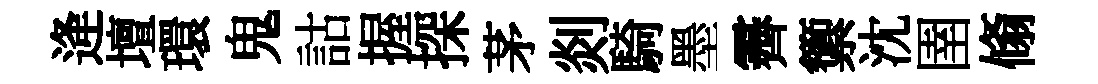
逄壇環鬼詁握探茅剡騎墨霽籞沈圉翛